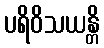
ပရိဝိသယန္တိ